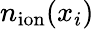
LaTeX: n_{\mathrm{ion}}(x_{i})